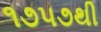
૧૭૫૭થી